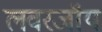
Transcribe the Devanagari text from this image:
लवरजॉय